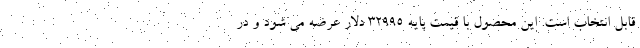
قابل انتخاب است. این محصول با قیمت پایه 32995 دلار عرضه می شود و در